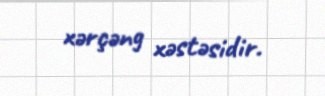
xərçəng xəstəsidir.